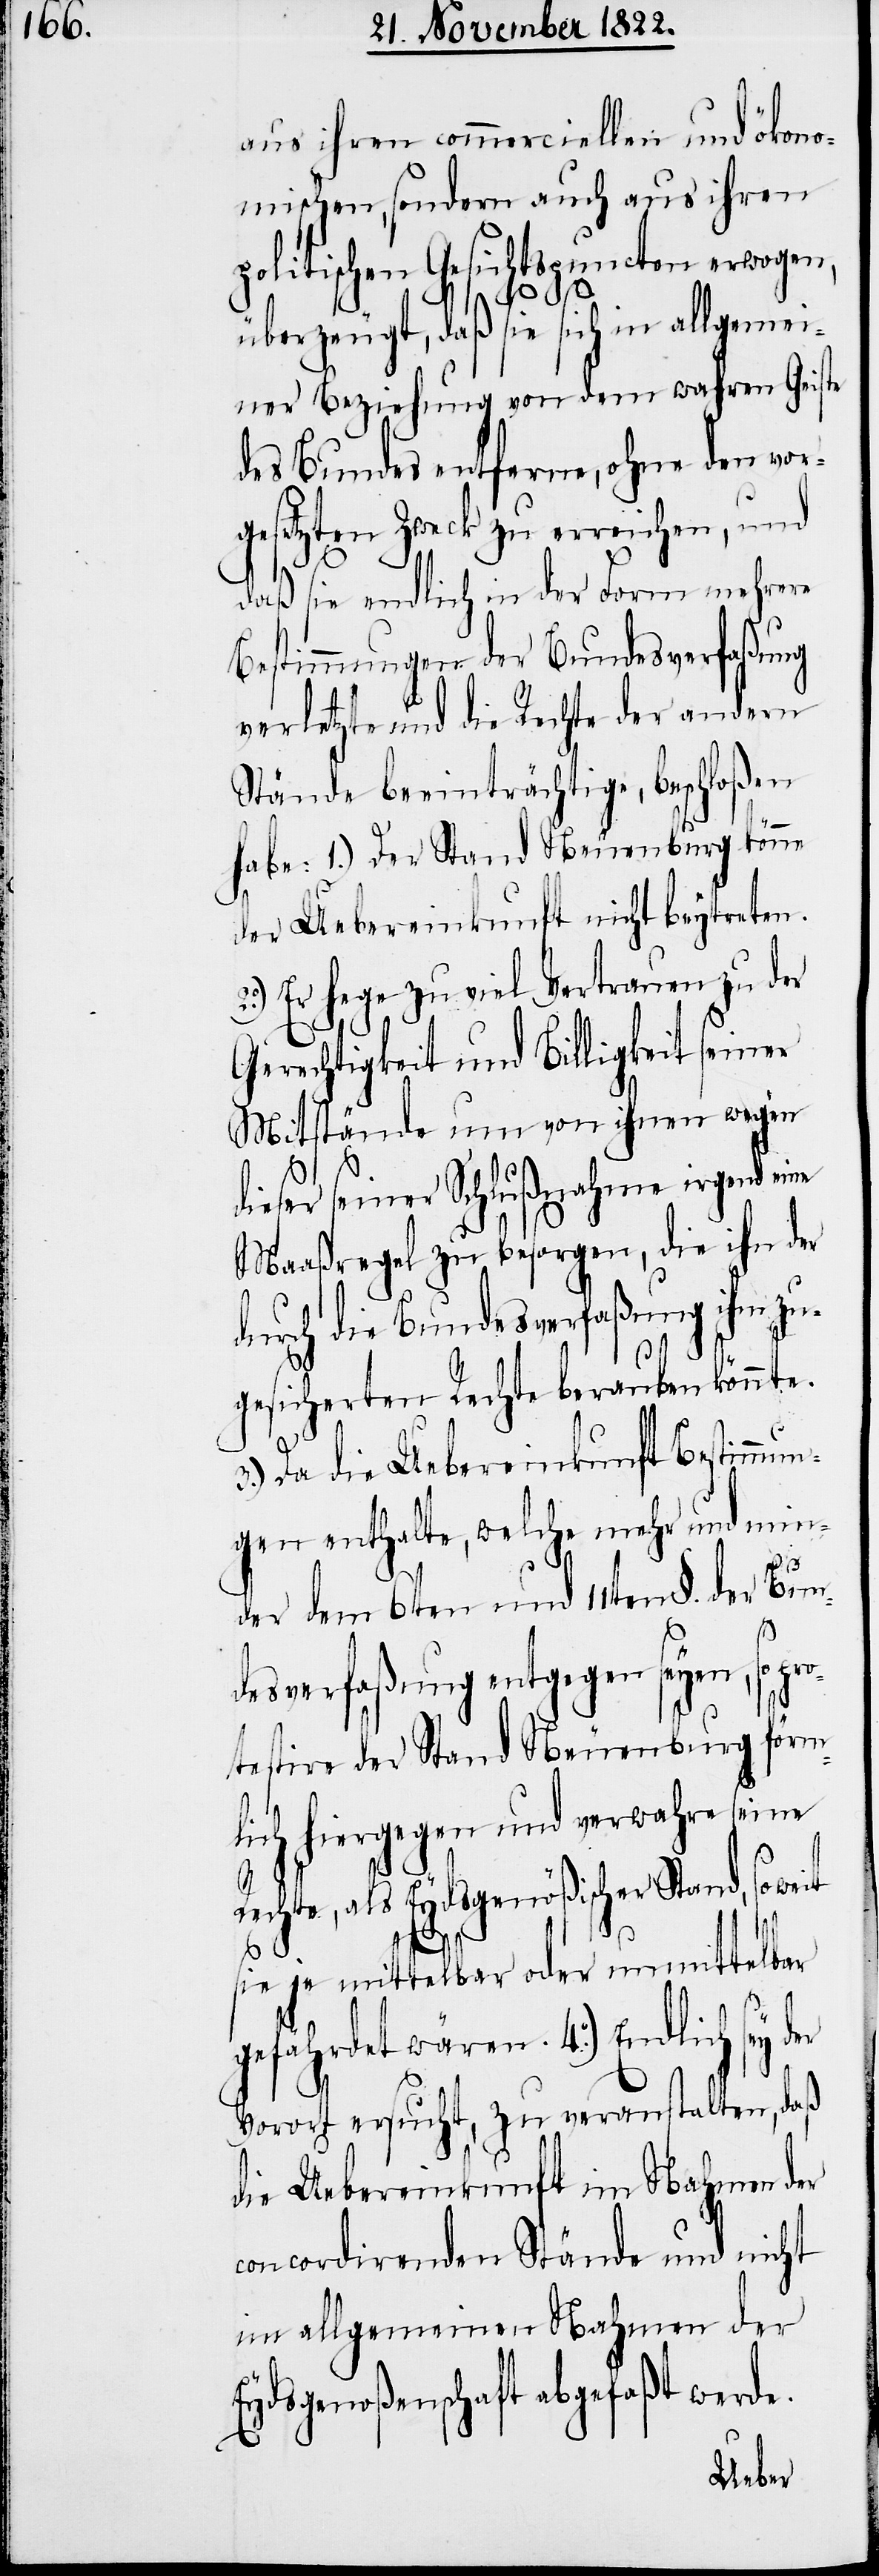
aus ihren commerciellen und ökono¬
mischen, sondern auch aus ihren
politischen Gesichtspuncten erwogen,
überzeugt, daß sie sich in allgemei¬
ner Beziehung von dem wahren Geiste
des Bundes entferne, ohne den vor¬
gesetzten Zweck zu erreichen, und
daß sie endlich in der Form mehrere
Bestimmungen der Bundesverfaßung
verletzte und die Rechte der andern
Stände beeinträchtige, beschloßen
habe: 1.) Der Stand Neuenburg könne
der Uebereinkunft nicht beytreten.
2.) Er hege zu viel Vertrauen zu der
Gerechtigkeit und Billigkeit seiner
Mitstände um von ihnen wegen
ieser seiner Schlußnahme irgend
Maaßregel zu besorgen, die ihn der
durch die Bundesverfaßung ihm zu¬
d,
gesicherten Rechte berauben könnte.
Da die Uebereinkunft Bestimmu¬
ngen enthalte, welche mehr und min¬
der dem 6ten und 11ten §. der Bun¬
so
desverfaßung entgegen seyen, so pr¬
förm¬
otestire der Stand Neuenburg
seine
lich hiergegen und verwahre
er
echte, als Eydsgenößischer Stan¬
sie je mittelbar oder unmittelbar
gefährdet wären. 4.) Endlich sey d¬
Vorort ersucht, zu veranstalten, daß
die Uebereinkunft im Nahmen der
concordirenden Stände und nicht
im allgemeinen Nahmen der
Eydsgenoßenschaft abgefaßt werde.